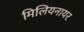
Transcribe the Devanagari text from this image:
मिलियनायर